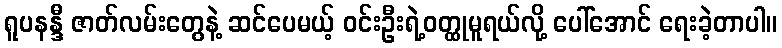
ရူပနန္ဒီ ဇာတ်လမ်းတွေနဲ့ ဆင်ပေမယ့် ဝင်းဦးရဲ့ဝတ္ထုမူရယ်လို့ ပေါ်အောင် ရေးခဲ့တာပါ။